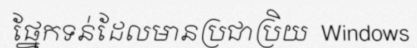
ផ្នែកទន់ដែលមានប្រជាប្រិយ  Windows